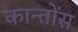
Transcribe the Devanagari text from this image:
कान्तोंस